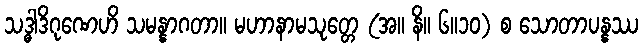
သဒ္ဓါဒိဂုဏေဟိ သမန္နာဂတာ။ မဟာနာမသုတ္တေ (အ။ နိ။ ၆။၁၀) စ သောတာပန္နဿ